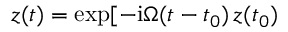
z ( t ) = \exp [ - \mathrm { i } \Omega ( t - t _ { 0 } ) \, z ( t _ { 0 } )